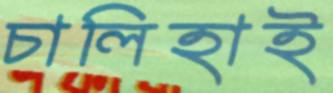
চালিহাই